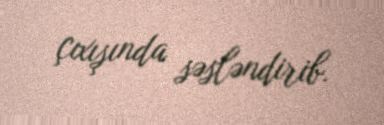
çıxışında səsləndirib.